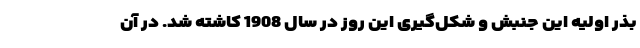
بذر اولیه این جنبش و شکل‌گیری این روز در سال 1908 کاشته شد. در آن